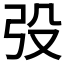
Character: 𭚧